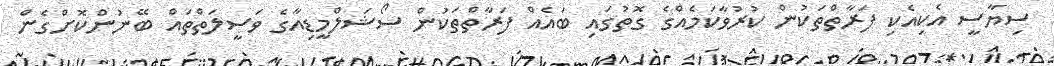
ސިޔާސީ އެކިއެކި ފަރާތްތަކުން ކުރުވާކަމެއްގެ ގޮތުގައި ބައެއް ފަރާތްތަކުން ސޯޝަލްމީޑިއާގެ ވަސީލަތްތައް ބޭނުންކޮށްގެން